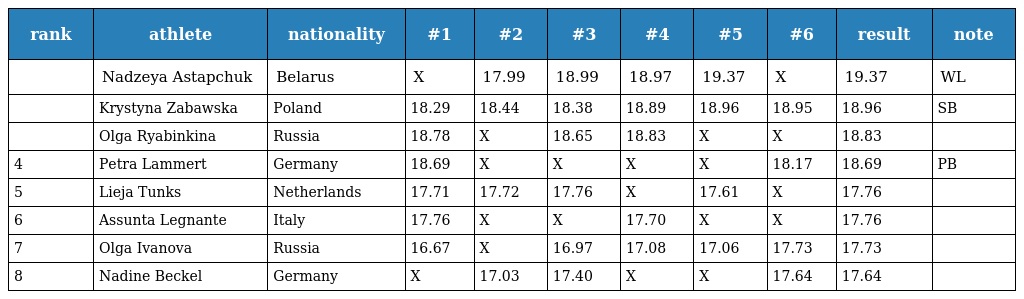
| rank | athlete | nationality | #1 | #2 | #3 | #4 | #5 | #6 | result | note |
 | --- | --- | --- | --- | --- | --- | --- | --- | --- | --- | --- |
 |  | Nadzeya Astapchuk | Belarus | X | 17.99 | 18.99 | 18.97 | 19.37 | X | 19.37 | WL |
 |  | Krystyna Zabawska | Poland | 18.29 | 18.44 | 18.38 | 18.89 | 18.96 | 18.95 | 18.96 | SB |
 |  | Olga Ryabinkina | Russia | 18.78 | X | 18.65 | 18.83 | X | X | 18.83 |  |
 | 4 | Petra Lammert | Germany | 18.69 | X | X | X | X | 18.17 | 18.69 | PB |
 | 5 | Lieja Tunks | Netherlands | 17.71 | 17.72 | 17.76 | X | 17.61 | X | 17.76 |  |
 | 6 | Assunta Legnante | Italy | 17.76 | X | X | 17.70 | X | X | 17.76 |  |
 | 7 | Olga Ivanova | Russia | 16.67 | X | 16.97 | 17.08 | 17.06 | 17.73 | 17.73 |  |
 | 8 | Nadine Beckel | Germany | X | 17.03 | 17.40 | X | X | 17.64 | 17.64 |  |